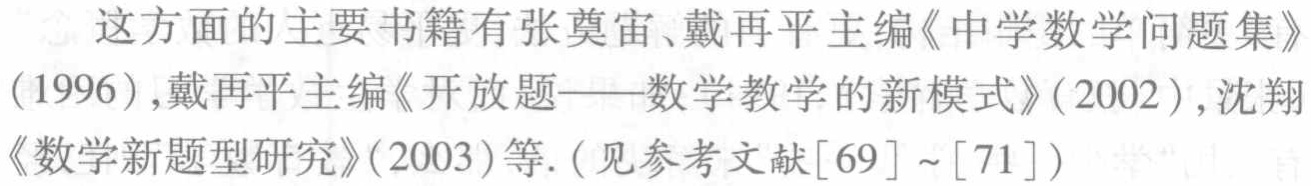
这方面的主要书籍有张奠宙、戴再平主编《中学数学问题集》(1996),戴再平主编《开放题——数学教学的新模式》(2002),沈翔《数学新题型研究》(2003)等.(见参考文献[69]~[71])